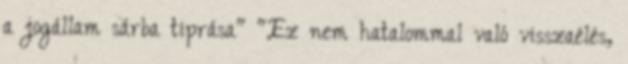
a jogállam sárba tiprása" "Ez nem hatalommal való visszaélés,